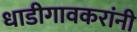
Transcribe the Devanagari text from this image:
धाडीगावकरांनी